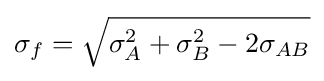
\sigma _{f}={\sqrt {\sigma _{A}^{2}+\sigma _{B}^{2}-2\sigma _{AB}}}